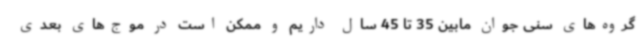
گروه‌های سنی جوان مابین 35 تا 45 سال داریم و ممکن است در موج‌های بعدی